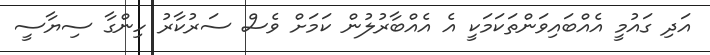
އަދި ގައުމީ އެއްބައިވަންތަކަމަކީ އެ އެއްބާރުލުން ކަމަށް ވެސް ސަރުކާރު ހިންގާ ސިޔާސީ